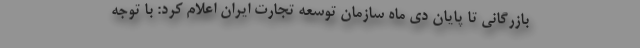
بازرگانی تا پایان دی ماه سازمان توسعه تجارت ایران اعلام کرد: با توجه